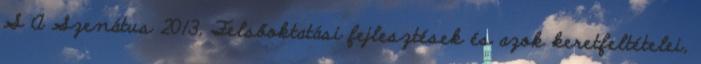
S A Szenátus 2013. Felsőoktatási fejlesztések és azok keretfeltételei,